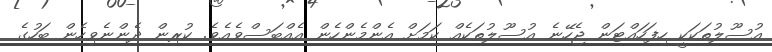
އުސޫލުތަކަކީ ހިފަހައްޓަން ޖެހޭނެ އުސޫލުތަކެއް ކަމަށް އެންމެންހެން އެއްބަސްވެއެވެ. ކުރިން ދެންނެވިހެން ބަހުގެ